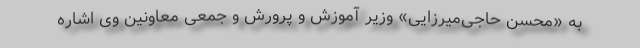
به «محسن حاجی‌میرزایی» وزیر آموزش و پرورش و جمعی معاونین وی اشاره